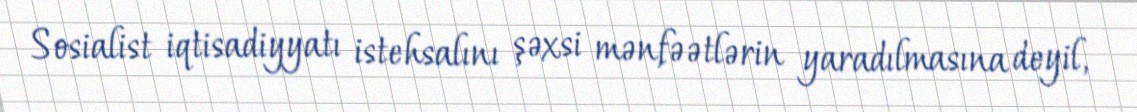
Sosialist iqtisadiyyatı istehsalını şəxsi mənfəətlərin yaradılmasına deyil,